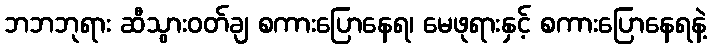
ဘဘဘုရား ဆီသွားဝတ်ချ စကားပြောနေရ၊ မေဖုရားနှင့် စကားပြောနေရနဲ့